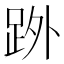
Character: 𮛒